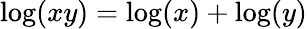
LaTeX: \log(xy)=\log(x)+\log(y)